Annual report of the Punjab Veterinary College and of the Civil Veterinary Department, Punjab - 1894-1908
Year: 1894
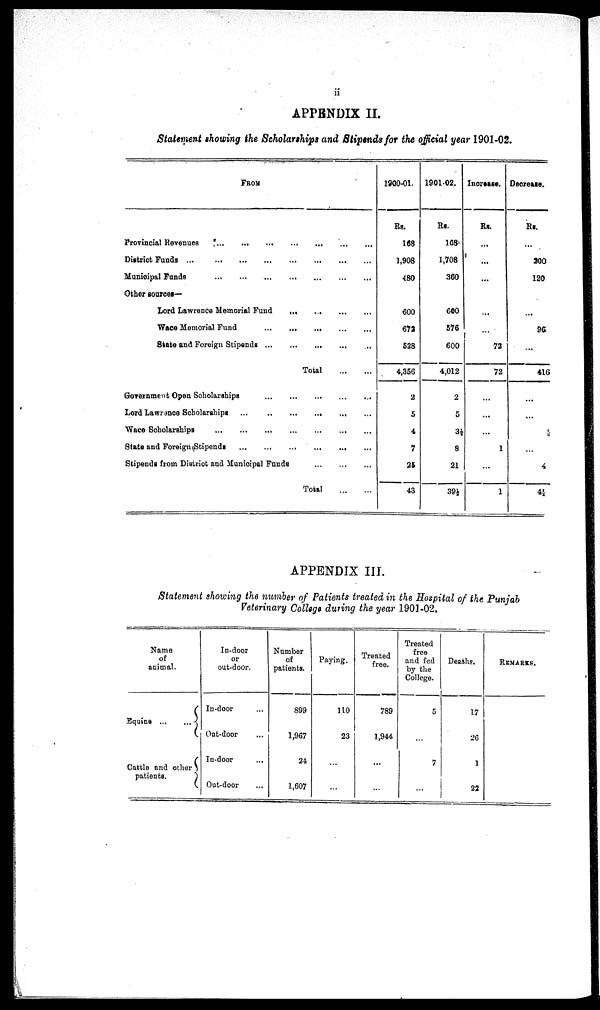
ii
APPENDIX II.
Statement showing the Scholarships and Stipends for the official year 1901-02.
FROM
Provincial Revenues
...
... ... ... ... ... ... ...
District Funds ... ... ... ... ... ...
Municipal Funds ... ... ... ... ... ... ... ... ...
Other sources— ... ... ... ... ...
Lord Lawrence Memorial Fund ... ... ... ...
Wace Memorial Fund ... ... ...
State and Foreign Stipends ... ... ... ...
Total ... ...
Government Open Scholarships ... ... ... ... ...
Lord Lawrence Scholarships
... ... ... ... ... ...
Wace Scholarships ... ... ... ... ...
State and Foreign Stipends ... ... ... ... ...
Stipends from District and Municipal Funds ... ... ... ...
Total ... ...
1900-01.
Rs.
168
1,908
480
...
600
672
528
4,356
2
5
4
7
25
43
1901-02.
Rs.
168
1,708
360
...
600
576
600
4,012
2
5
3½
8
21
39½
Increase.
Rs.
...
...
...
...
...
...
72
72
...
...
...
1
...
1
Decrease.
Rs.
...
200
120
...
...
96
...
416
...
...
½
...
4
4½
APPENDIX III.
Statement showing the number of Patients treated in the Hospital of the Punjab
Veterinary College during the year 1901-02.
Name
of
animal.
Equine ... ...
Cattle and other
patients.
In-door
or
out-door.
In-door ...
Out-door ...
In-door ...
Out-door ...
Number
of
patients.
899
1,967
24
1,607
Paying.
110
23
...
...
Treated
free
789
1,944
...
...
Treated
free
and fed
by the
College.
5
...
7
...
Deaths.
17
26
1
22
REMARKS.